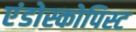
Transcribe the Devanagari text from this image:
एंडोस्कोपिस्ट